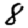
Digit: 8